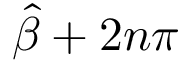
{ \hat { \beta } } + 2 n \pi